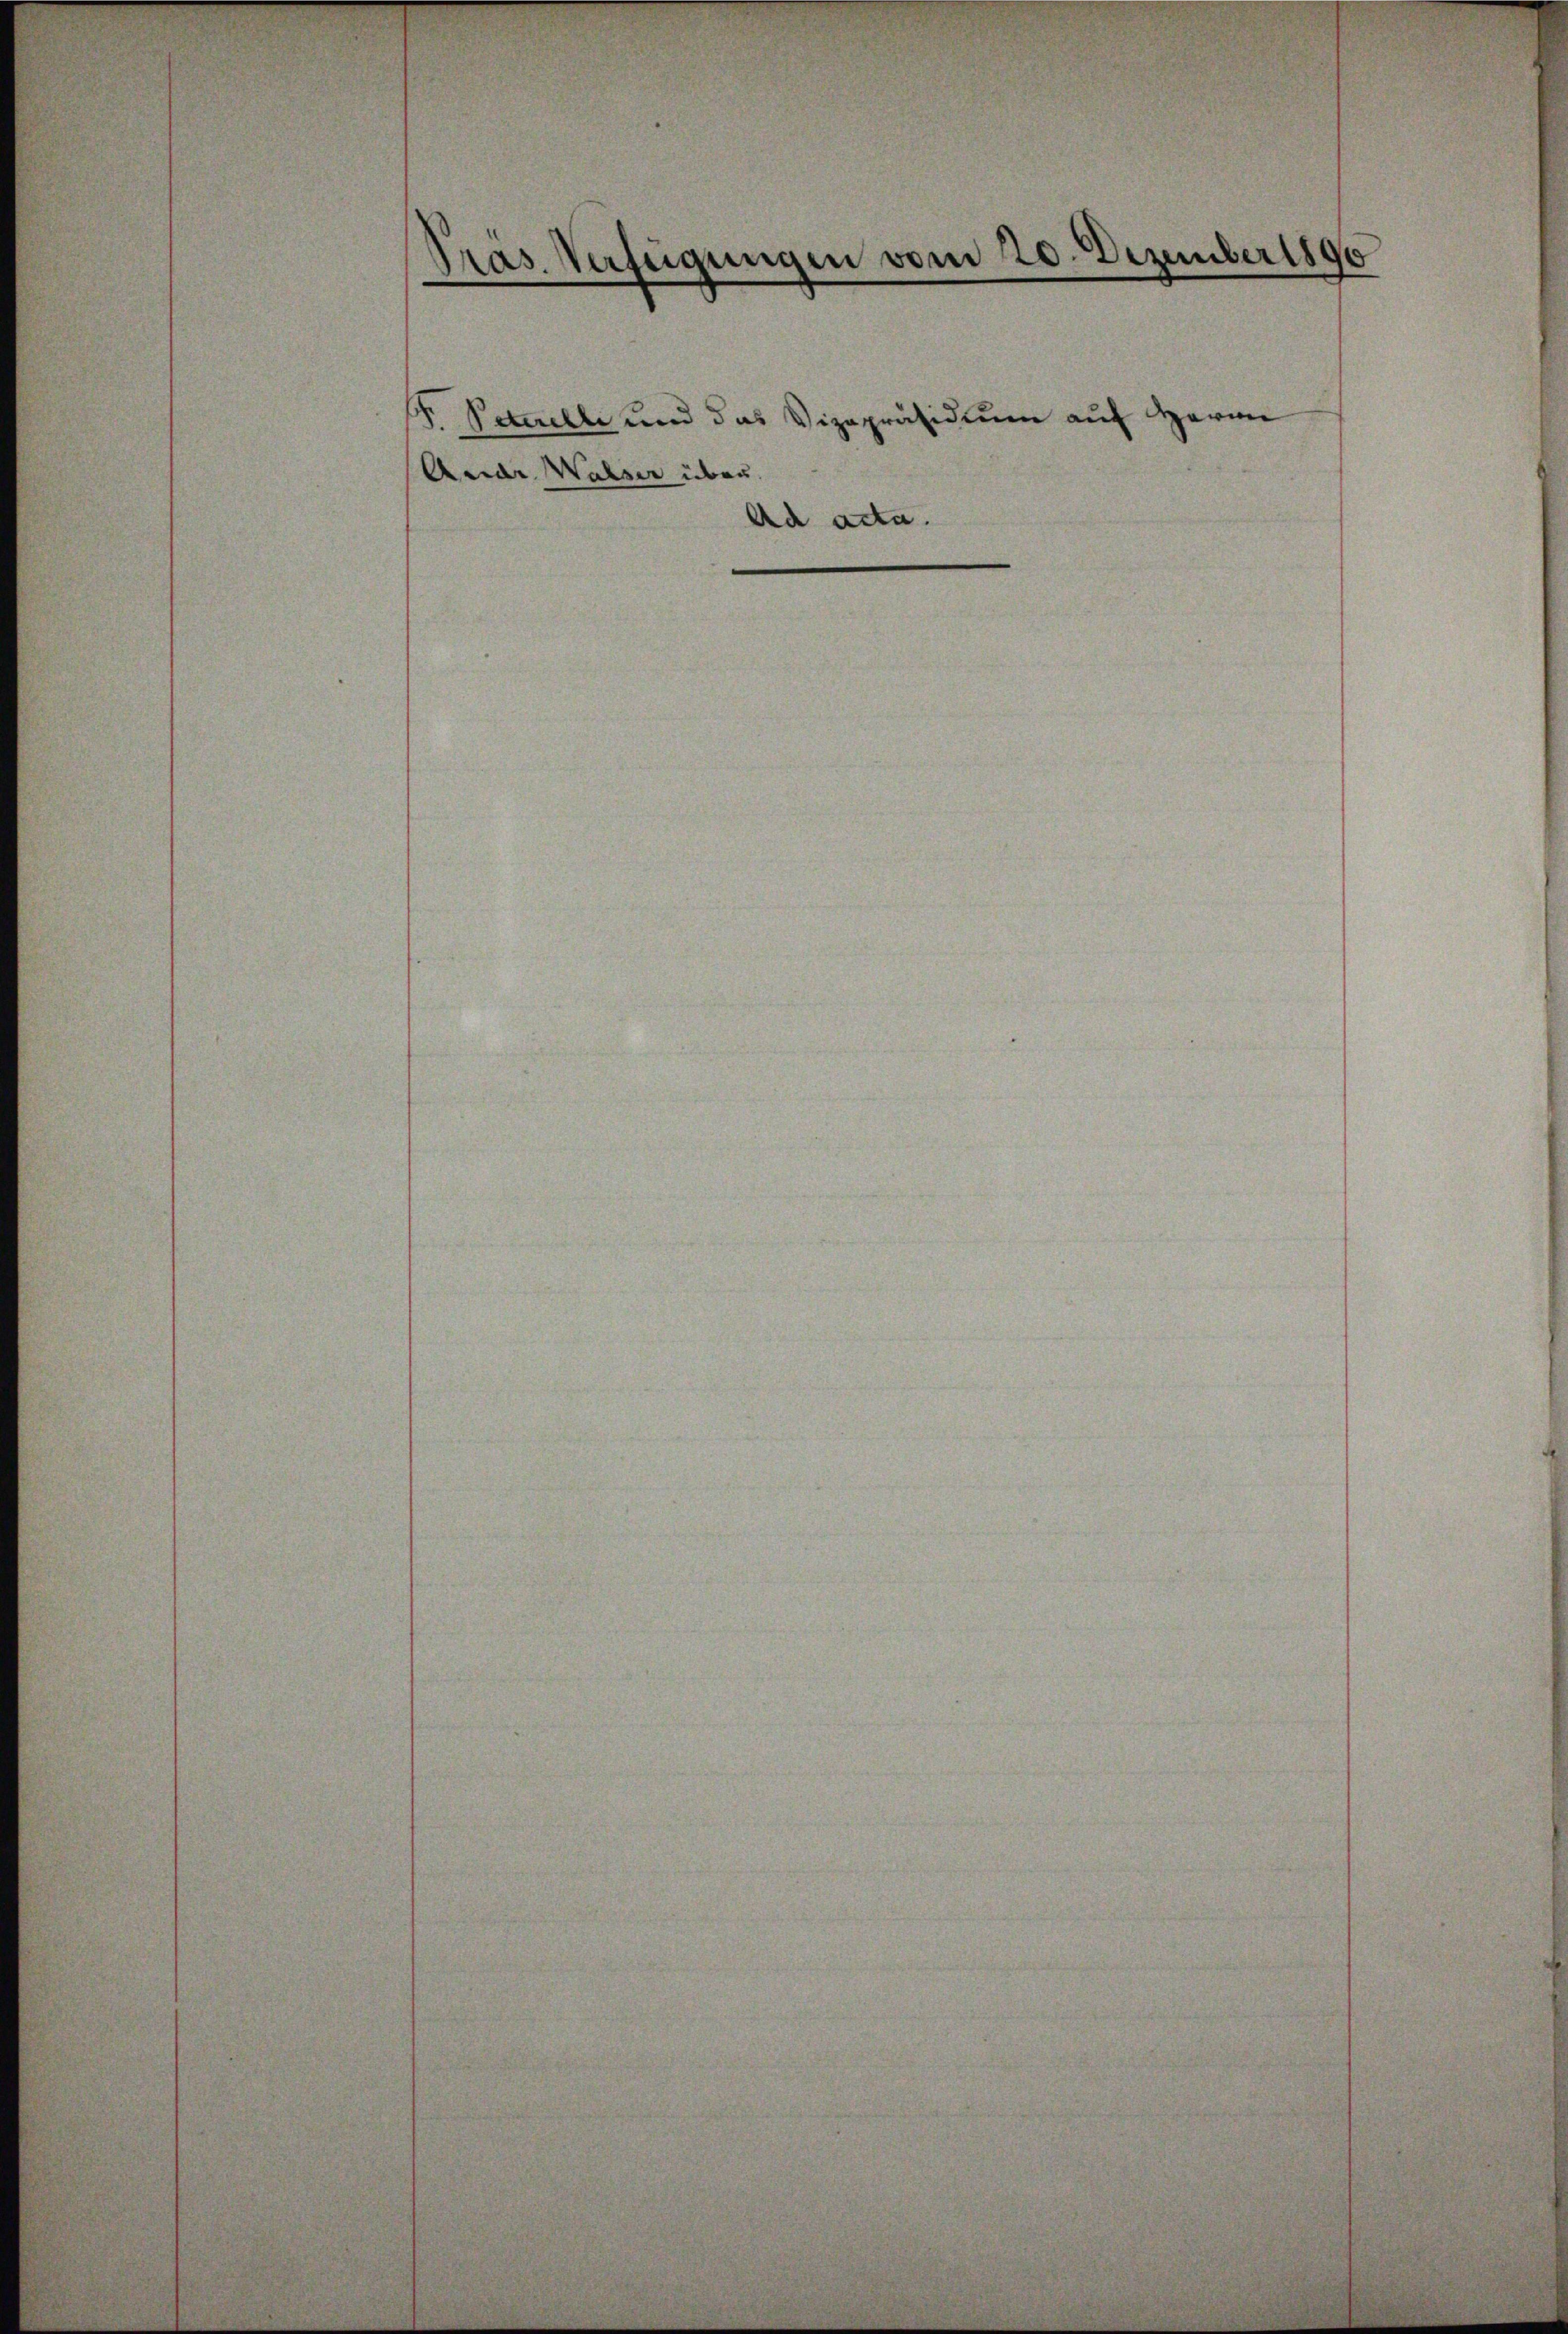
Pras. Verfügungen vom 20. Dezember 1890
.

s
1. Petuelle und das Vizepräsidium auf Herrn
Ande Walser über.
Ad acta.